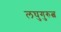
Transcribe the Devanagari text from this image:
लघुगुरुत्व